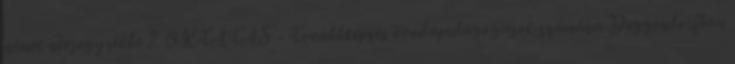
német névjegyzékbe 2. OKTATÁS - Továbbképzés óvodapedagógusok számára Deggendorfban